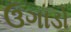
ઉગાડો